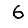
Digit: 6